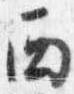
西